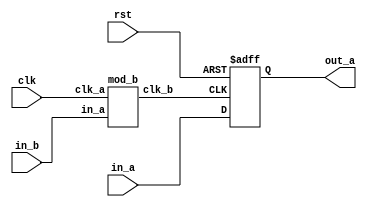
module CLK_NO_HGHI (clk,rst,in_b,in_a,out_a);
   input clk, rst;
   input in_a, in_b;
   output reg out_a;
   wire clk_b;
   always @(posedge clk_b or negedge rst)
   begin: block
      if(!rst)
      out_a = 1'b0;
      else
      out_a = in_a;
   end
   mod_b inst_b(clk, in_b, clk_b);
endmodule

module mod_b (clk_a, in_a, clk_b);
   input clk_a, in_a;
   output clk_b;
   mod_c inst_c (clk_a, in_a, clk_b);
endmodule

module mod_c (clk_a, in_a, clk_b);
   input clk_a, in_a;
   output reg  clk_b;

   always@(posedge clk_a)
   clk_b <= in_a;
endmodule